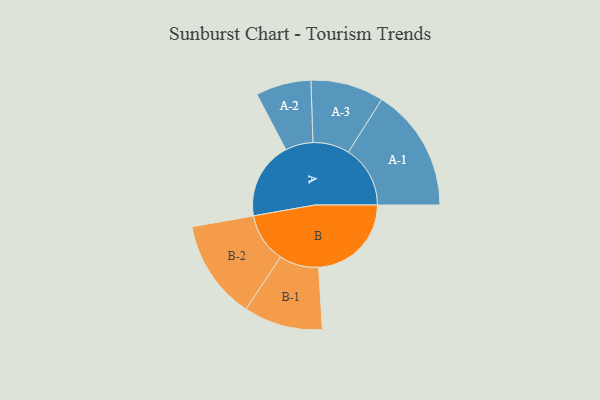
{"axis": {"x": "Segment", "y": "Value"}, "legend": ["", "A", "B"], "data": [{"x": "A", "y": 288, "type": ""}, {"x": "B", "y": 345, "type": ""}, {"x": "A-1", "y": 230, "type": "A"}, {"x": "A-2", "y": 103, "type": "A"}, {"x": "A-3", "y": 136, "type": "A"}, {"x": "B-1", "y": 147, "type": "B"}, {"x": "B-2", "y": 185, "type": "B"}]}